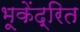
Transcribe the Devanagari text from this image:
भूकेंद्रित